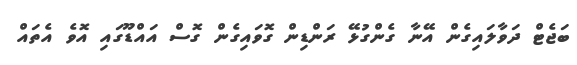
ބަޖެޓް ދަވާލައިގެން އޭނާ ގެންގުޅޭ ރަންޑިން ގޮވައިގެން ގޮސް އައްޑޫގައި އޮވެ އެތައް